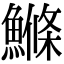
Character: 鰷